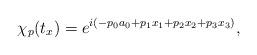
LaTeX: \begin{align*}\chi _p (t_x) = e^{i( - p_0a_0 + p_1 x_1 + p_2 x_2 + p_3 x_3)},\end{align*}